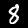
Digit: 8